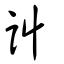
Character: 訆